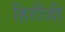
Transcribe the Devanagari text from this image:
हिरौंजी